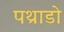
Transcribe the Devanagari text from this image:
पथ्राडो